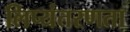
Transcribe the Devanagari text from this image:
लिप्यंतरणता